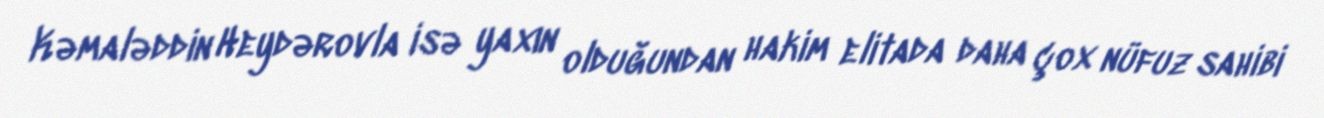
Kəmaləddin Heydərovla isə yaxın olduğundan hakim elitada daha çox nüfuz sahibi